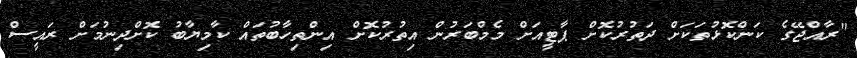
"ރާއްޖޭގެ ކަންކޮޅުތަކަށް ދަތުރުކޮށް ޕާޓީއަށް މެމްބަރުން އިތުރުކޮށް އިންތިހާބުތައް ކާމިޔާބު ކޮށްދިނުމަށް ރައީސް